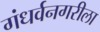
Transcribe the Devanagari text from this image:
गंधर्वनगरीला